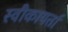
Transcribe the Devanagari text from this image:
स्वीकायर्ता